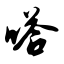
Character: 嗒